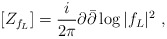
\begin{align*} [Z_{f_L}]=\frac {i}{2\pi}\partial\bar\partial\log |f_L|^2\ ,\end{align*}